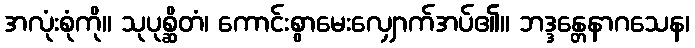
အလုံးစုံကို။ သုပုစ္ဆိတံ၊ ကောင်းစွာမေးလျှောက်အပ်၏။ ဘဒ္ဒန္တေနာဂသေန၊